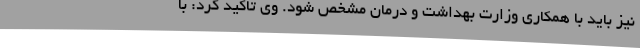
نیز باید با همکاری وزارت بهداشت و درمان مشخص شود. وی تاکید کرد: با